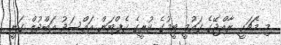
މި މެޗަކީ ރާއްޖޭގެ ގައުމީ ޓީމުގެ ކުރީގެ ކެޕްޓަން އައްސަދު އަބްދުލް ގަނީ